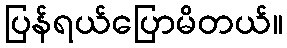
ပြန်ရယ်ပြောမိတယ်။